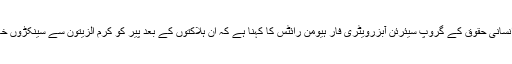
برطانیہ میں شام سے متعلق انسانی حقوق کے گروپ سیئرئن آبزرویٹری فار ہیومن رائٹس کا کہنا ہے کہ ان ہلاکتوں کے بعد پیر کو کرم الزیتون سے سینکڑوں خاندان نقل مکانی کر گئے ہیں۔